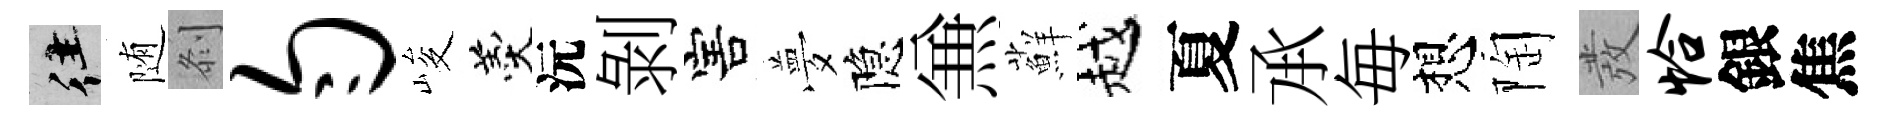
往随𠛴匀峻羹沅剝害夢隐𠔥蘚越夏𠄘毎想陶發恰銀焦